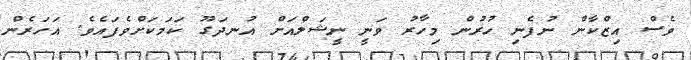
ވެސް އިޒްކާން ނުފެނި ހުރުން މިހާރު ވަނީ ނީޝަލްއަށް އުނދަގޫ ކަމަކަށްވެފައެވެ. އަހަރެން